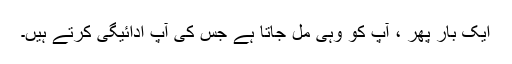
ایک بار پھر ، آپ کو وہی مل جاتا ہے جس کی آپ ادائیگی کرتے ہیں۔